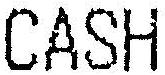
CASH